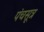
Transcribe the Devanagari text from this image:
पंचसूत्र